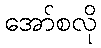
အော်စလို